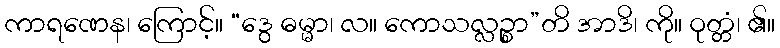
ကာရဏေန၊ ကြောင့်။ “ဒွေ ဓမ္မာ၊ လ။ ကောသလ္လဉ္စာ”တိ အာဒိ၊ ကို။ ဝုတ္တံ၊ ၏။